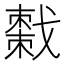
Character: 𫼄